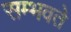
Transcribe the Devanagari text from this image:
सम्भवते